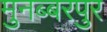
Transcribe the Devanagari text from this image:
मुनब्बरपुर